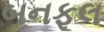
બનફૂલ